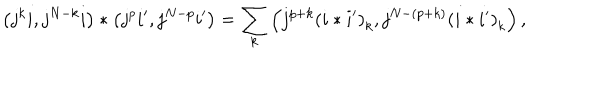
\left( j ^ { k } i , j ^ { N - k } i \right) \ast \left( j ^ { p } i ^ { \prime } , j ^ { N - p } i ^ { \prime } \right) = \sum _ { k } \left( j ^ { p + k } \left( i \ast i ^ { \prime } \right) _ { k } , j ^ { N - \left( p + k \right) } \left( i \ast i ^ { \prime } \right) _ { k } \right) ,